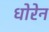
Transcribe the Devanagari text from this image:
धोरेन